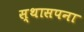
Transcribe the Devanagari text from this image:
स्थासपना